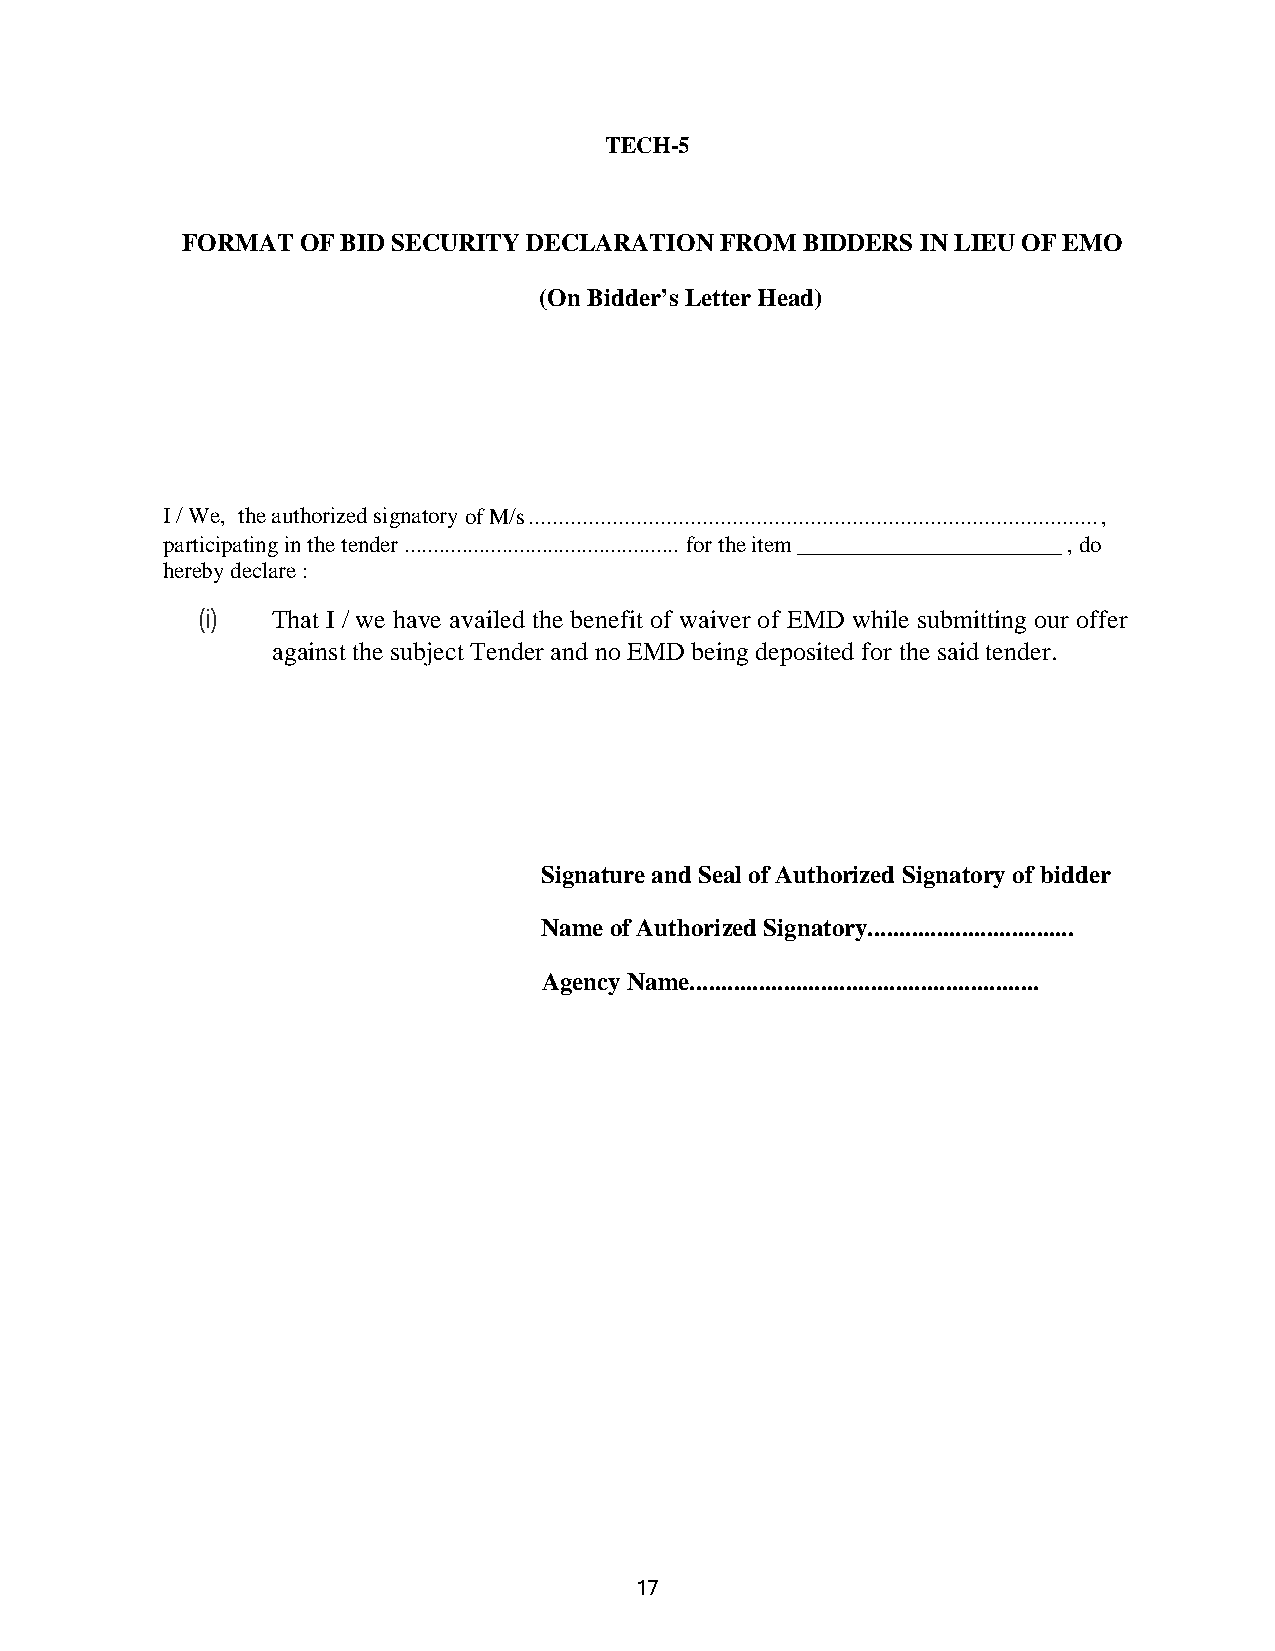
TECH-5
 FORMAT  OF BID SECURITY DECLARATION FROM BIDDERS IN LIEU OF EMO
 (On Bidder’s Letter Head)
 I / We, the authorized signatory of M/s ............................................................................................... ,
 participating in the tender ................................................ for the item _______________________ , do
 hereby declare :
 (i)  That I / we have availed the benefit of waiver of EMD while submitting our offer
 against the subject Tender and no EMD being deposited for the said tender.
 Signature and Seal of Authorized Signatory of bidder
 Name of Authorized Signatory.................................
 Agency Name........................................................
 17